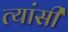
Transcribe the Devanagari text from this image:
त्यांसी